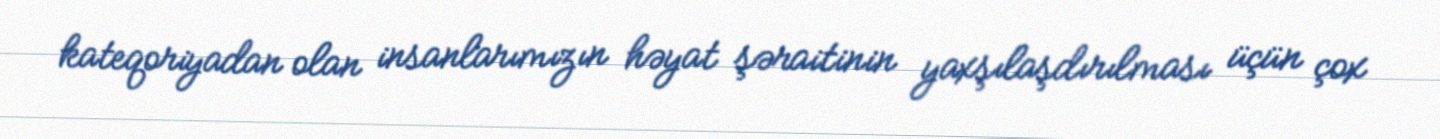
kateqoriyadan olan insanlarımızın həyat şəraitinin yaxşılaşdırılması üçün çox